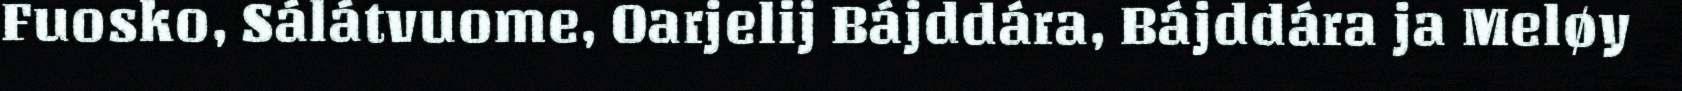
Fuosko, Sálátvuome, Oarjelij Bájddára, Bájddára ja Meløy